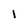
Character: l